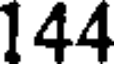
144